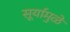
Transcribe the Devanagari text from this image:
सूर्यामुळे